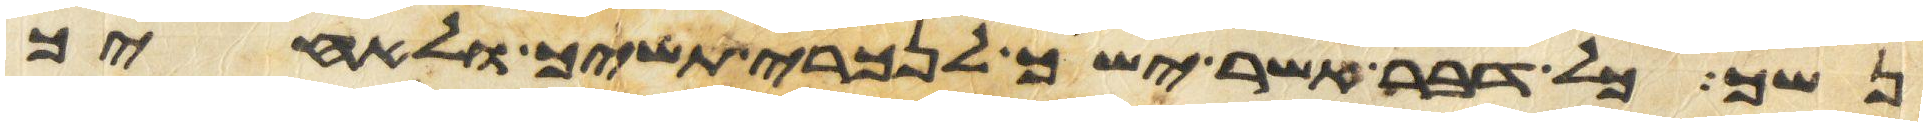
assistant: נשך כל דבר אשר ישך לנכרי תשיך ולאחיך